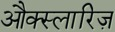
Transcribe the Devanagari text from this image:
औक्स्लारिज़